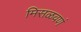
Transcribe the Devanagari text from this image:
मिसळवणं